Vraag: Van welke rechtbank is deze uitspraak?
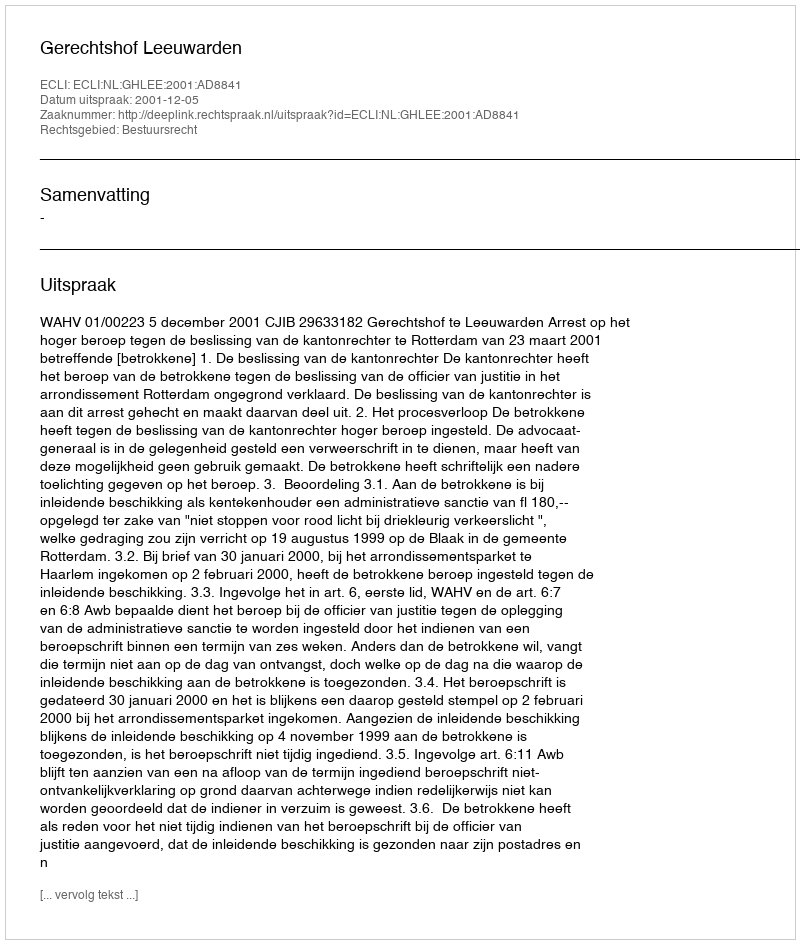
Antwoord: Gerechtshof Leeuwarden